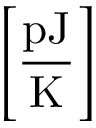
\left[ \frac { \mathrm { p J } } { \mathrm { K } } \right]